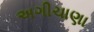
અગીચાણા